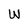
Character: W